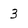
Character: 3